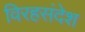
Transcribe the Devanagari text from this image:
विरहसंदेश